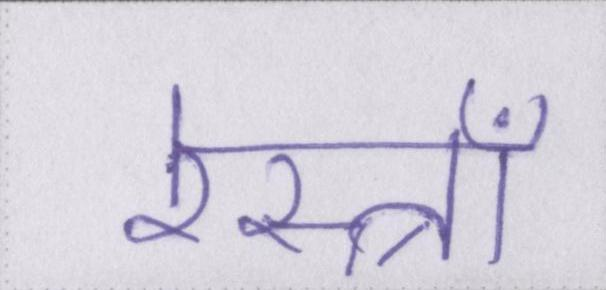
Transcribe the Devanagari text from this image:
रेस्त्राँ